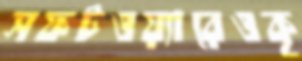
সফটওয়্যারেওকৃ